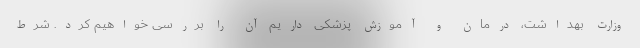
وزارت بهداشت، درمان و آموزش پزشکی داریم آن را بررسی خواهیم کرد. شرط